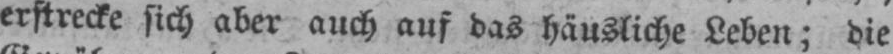
erstrecke sich aber auch auf das häusliche Leben; die